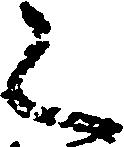
く